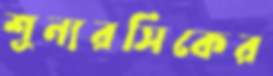
শূন্যরসিকের